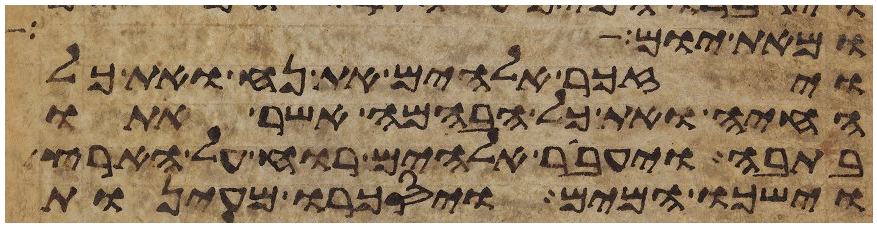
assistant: ומאתים אלה
ויזכר אלהים את נח ואת כל
החיה ואת כל הבהמה אשר אתו
בתבה ויעבר אלהים רוח על הארץ
וישכו המים ויסכרו מעינות